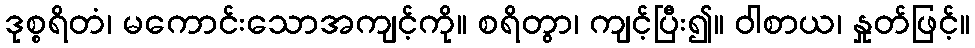
ဒုစ္စရိတံ၊ မကောင်းသောအကျင့်ကို။ စရိတွာ၊ ကျင့်ပြီး၍။ ဝါစာယ၊ နှုတ်ဖြင့်။